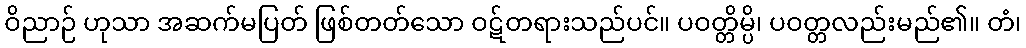
ဝိညာဉ် ဟုသာ အဆက်မပြတ် ဖြစ်တတ်သော ဝဋ်တရားသည်ပင်။ ပဝတ္တိမ္ပိ၊ ပဝတ္တလည်းမည်၏။ တံ၊